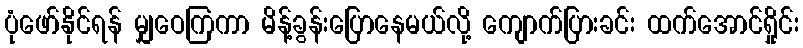
ပုံဖော်နိုင်ရန် မျှဝေကြကာ မိန့်ခွန်းပြောနေမယ်လို့ ကျောက်ပြားခင်း ထက်အောင်ရှိုင်း